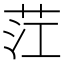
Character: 茳